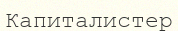
Капиталистер